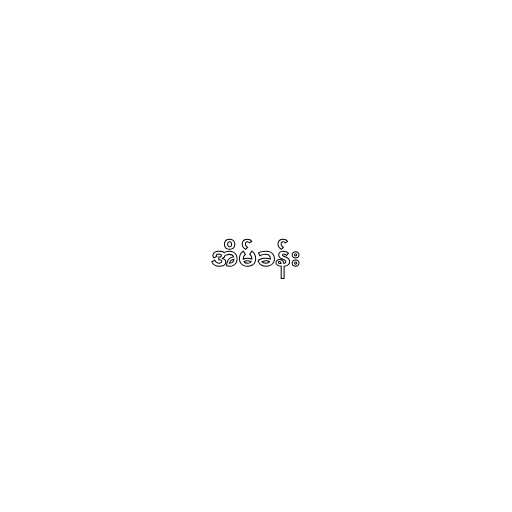
အိမ်ခန်း